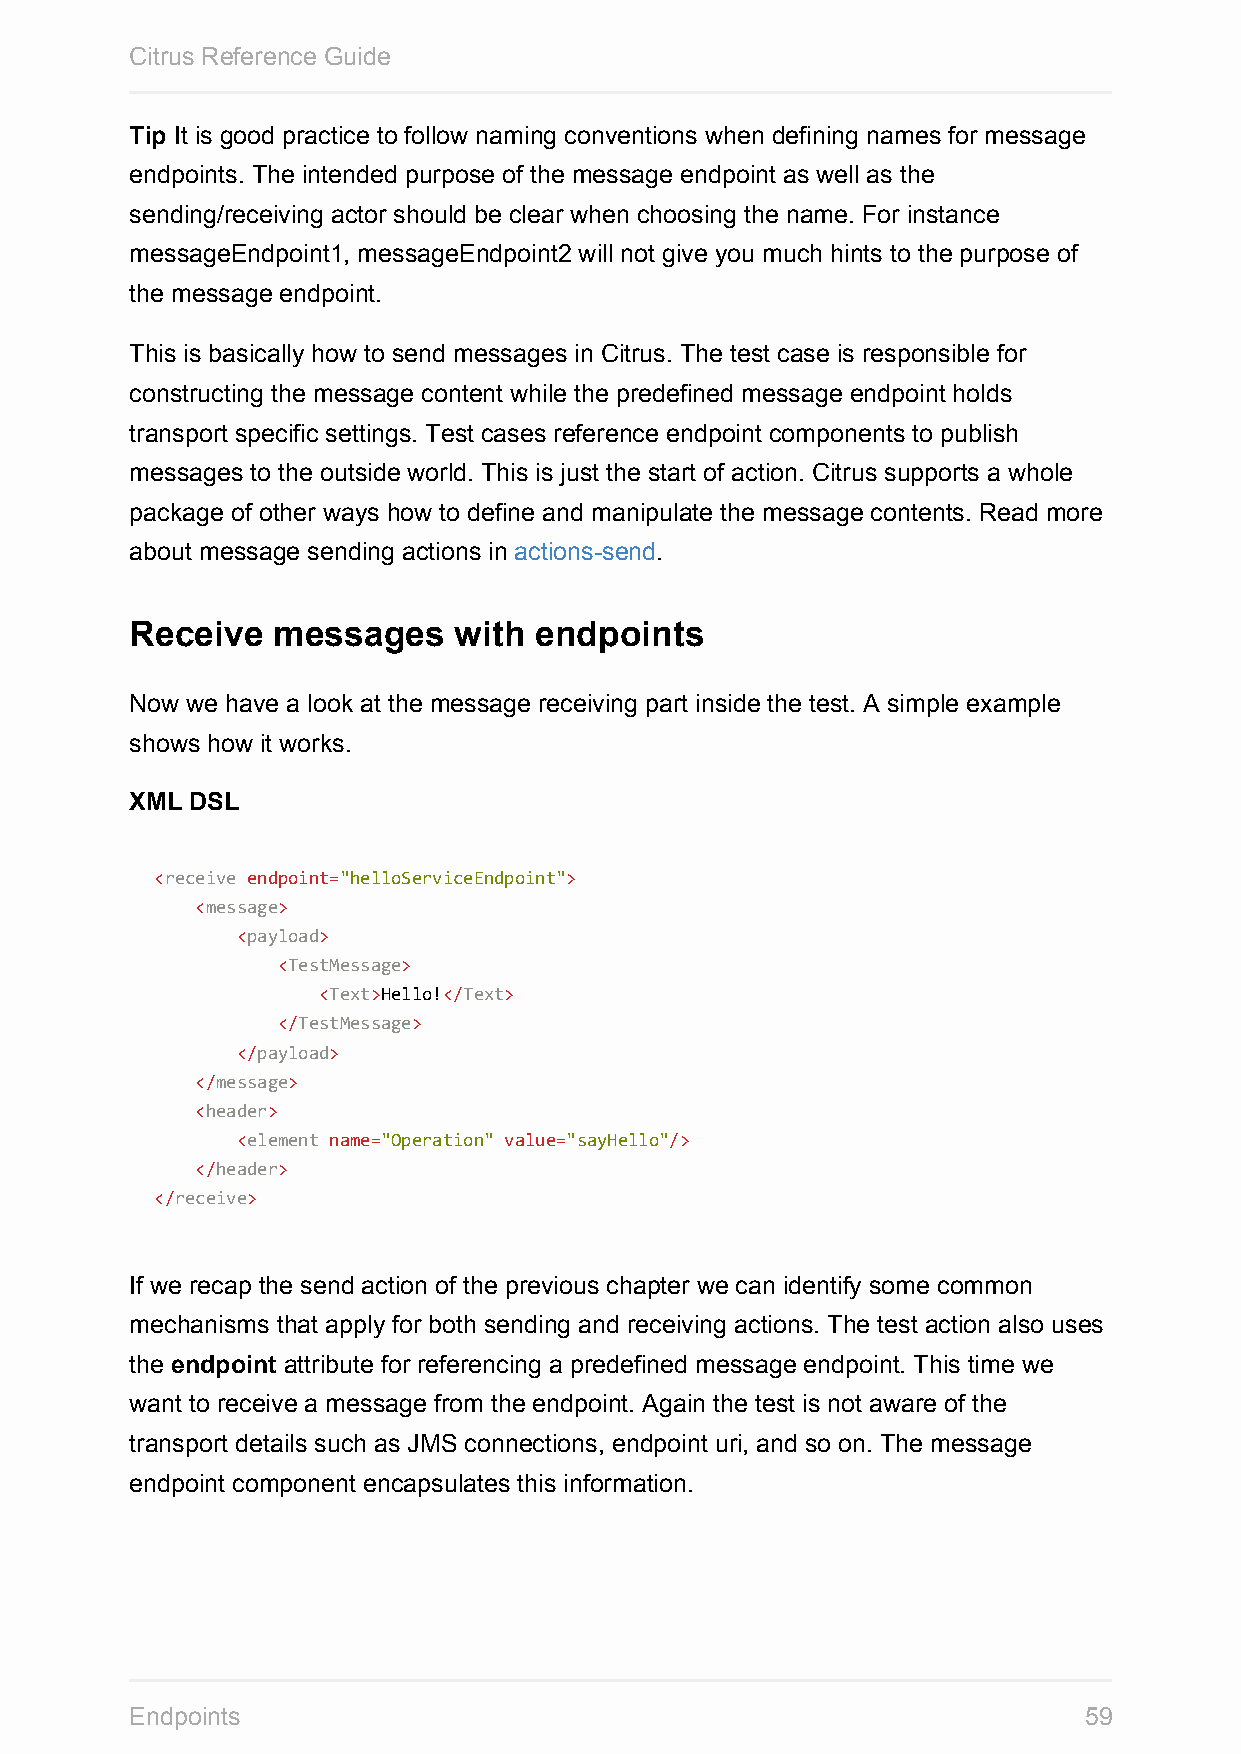
Citrus Reference Guide
 Tip It is good practice to follow naming conventions when defining names for message
 endpoints. The intended purpose of the message endpoint as well as the
 sending/receiving actor should be clear when choosing the name. For instance
 messageEndpoint1, messageEndpoint2 will not give you much hints to the purpose of
 the message endpoint.
 This is basically how to send messages in Citrus. The test case is responsible for
 constructing the message content while the predefined message endpoint holds
 transport specific settings. Test cases reference endpoint components to publish
 messages to the outside world. This is just the start of action. Citrus supports a whole
 package of other ways how to define and manipulate the message contents. Read more
 about message sending actions in actions-send.
 Receive  messages    with endpoints
 Now we have a look at the message receiving part inside the test. A simple example
 shows how it works.
 XML DSL
 <receive endpoint="helloServiceEndpoint">
 <message>
 <payload>
 <TestMessage>
 <Text>Hello!</Text>
 </TestMessage>
 </payload>
 </message>
 <header>
 <element name="Operation" value="sayHello"/>
 </header>
 </receive>
 If we recap the send action of the previous chapter we can identify some common
 mechanisms that apply for both sending and receiving actions. The test action also uses
 the endpoint attribute for referencing a predefined message endpoint. This time we
 want to receive a message from the endpoint. Again the test is not aware of the
 transport details such as JMS connections, endpoint uri, and so on. The message
 endpoint component encapsulates this information.
 Endpoints                                                      59